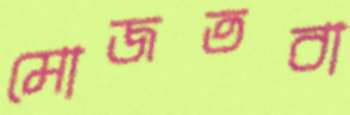
মোজতবা